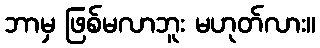
ဘာမှ ဖြစ်မလာဘူး မဟုတ်လား။